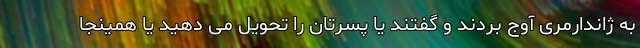
به ژاندارمری آوج بردند و گفتند یا پسرتان را تحویل می دهید یا همینجا